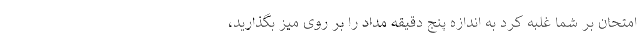
امتحان بر شما غلبه کرد به اندازه پنج دقیقه مداد را بر روی میز بگذارید،